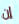
إن